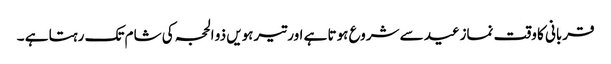
قربانی کا وقت نمازعید سے شروع ہوتا ہے اور تیرہویں ذو الحجہ کی شام تک رہتا ہے ۔